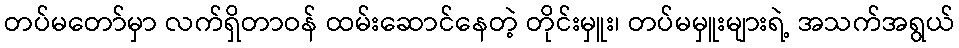
တပ်မတော်မှာ လက်ရှိတာဝန် ထမ်းဆောင်နေတဲ့ တိုင်းမှူး၊ တပ်မမှူးများရဲ့ အသက်အရွယ်